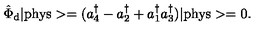
\hat { \Phi } _ { \mathrm { d } } \vert \mathrm { p h y s } > = ( a _ { 4 } ^ { \dagger } - a _ { 2 } ^ { \dagger } + a _ { 1 } ^ { \dagger } a _ { 3 } ^ { \dagger } ) \vert \mathrm { p h y s } > = 0 .